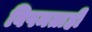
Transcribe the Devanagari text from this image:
विषमताही